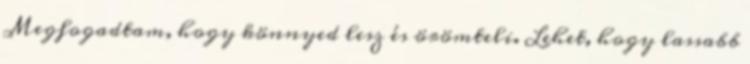
Megfogadtam, hogy könnyed lesz és örömteli. Lehet, hogy lassabb